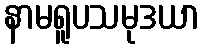
နာမရူပသမုဒယာ